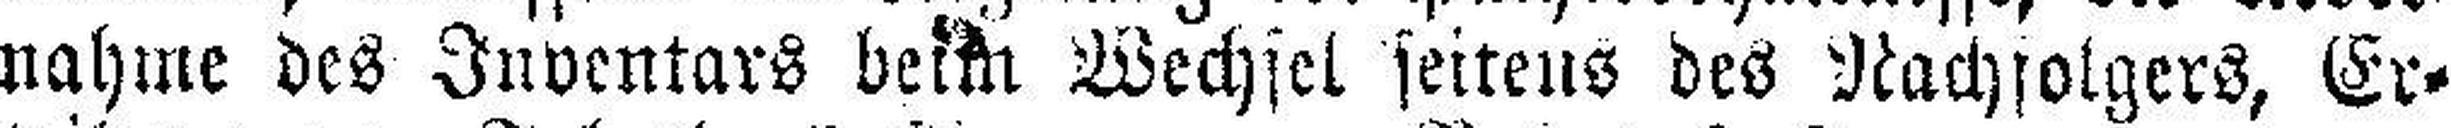
nahme des Inventars beim Wechsel seitens des Nachfolgers, Er¬